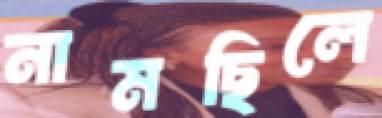
নামছিলে